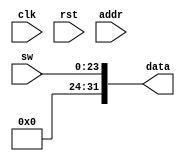
`timescale 1ns / 1ps
//////////////////////////////////////////////////////////////////////////////////
// Company: 
// Engineer: 
// 
// Design Name: 
// Module Name: InterfaceSwitches
// Project Name: 
// Target Devices: 
// Tool Versions: 
// Description: 
// 
// Dependencies: 
// 
// Revision:
// Revision 0.01 - File Created
// Additional Comments:
// 
//////////////////////////////////////////////////////////////////////////////////


module InterfaceSwitches(
    input [23:0] sw,
    input clk,
    input rst,
    input [31:0] addr,
     
    output [31:0] data
    
    );
    
    assign data ={8'h00 , sw};
    
    
endmodule